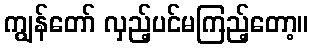
ကျွန်တော် လှည့်ပင်မကြည့်တော့။